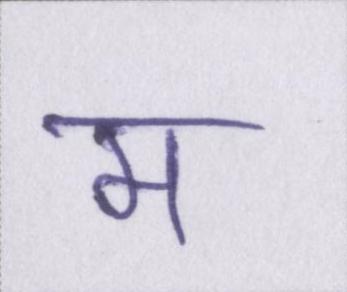
म